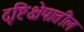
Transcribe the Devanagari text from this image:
दृष्टिक्षेपातील